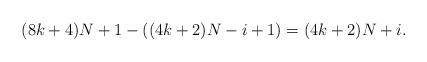
LaTeX: \begin{align*}(8k+4)N+1 - ((4k+2)N-i+1) = (4k+2)N+i.\end{align*}